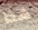
هذا